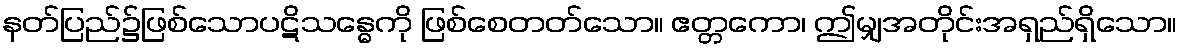
နတ်ပြည်၌ဖြစ်သောပဋိသန္ဓေကို ဖြစ်စေတတ်သော။ ဧတ္တကော၊ ဤမျှအတိုင်းအရှည်ရှိသော။